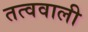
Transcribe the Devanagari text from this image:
तत्ववाली